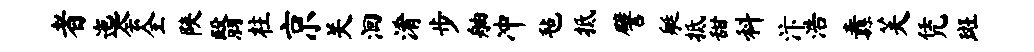
者迤会全陕翳柱京关洄淆步舳冲毡抵譬艇抵甜料汴浩纛芙凭斑